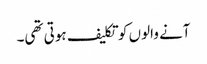
آنے والوں کو تکلیف ہوتی تھی۔